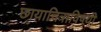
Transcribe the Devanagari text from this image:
छायाचित्राविषयी